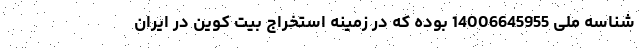
شناسه ملی 14006645955 بوده که در زمینه استخراج بیت کوین در ایران